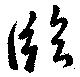
臨